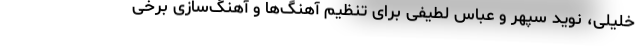
خلیلی، نوید سپهر و عباس لطیفی برای تنظیم آهنگ‌ها و آهنگ‌سازی برخی